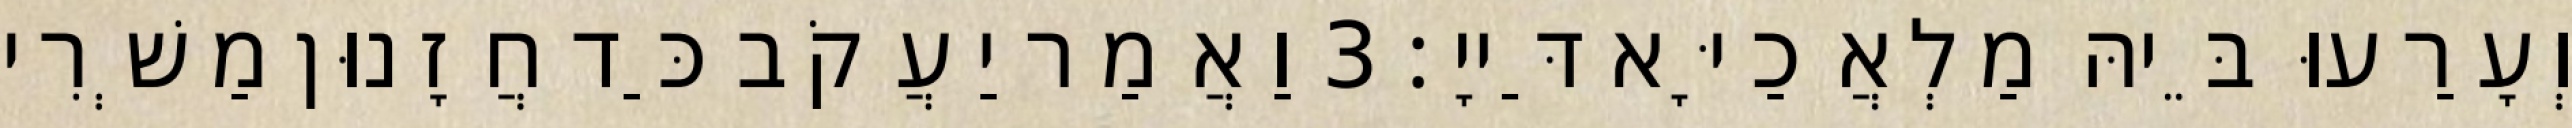
וְעָרַעוּ בֵּיהּ מַלְאֲכַיָּא דַּייָ׃ 3 וַאֲמַר יַעֲקֹב כַּד חֲזָנוּן מַשְׁרִי